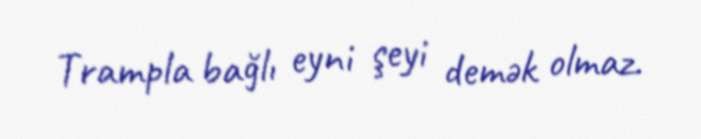
Trampla bağlı eyni şeyi demək olmaz.